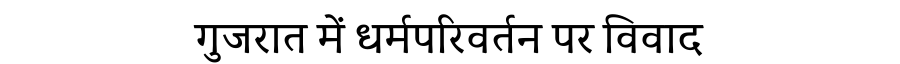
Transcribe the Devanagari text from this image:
गुजरात में धर्मपरिवर्तन पर विवाद